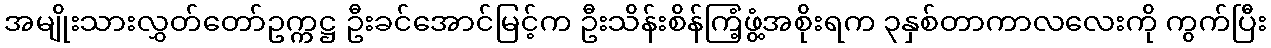
အမျိုးသားလွှတ်တော်ဥက္ကဋ္ဌ ဦးခင်အောင်မြင့်က ဦးသိန်းစိန်ကြံ့ဖွံ့အစိုးရက ၃နှစ်တာကာလလေးကို ကွက်ပြီး